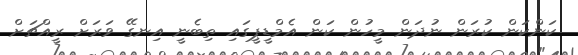
ކަންކަން ކުރަން ނުދަން މީހުން ކަން އެމްޑީޕީގައި ތިބެނީ އިނގޭ ވަރަށް ރީއްޗަށް